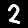
Digit: 2